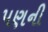
પણની